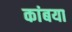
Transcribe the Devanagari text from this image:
कांबया